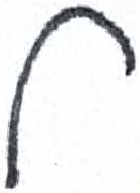
אות: ל